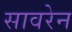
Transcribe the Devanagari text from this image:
सावरेन